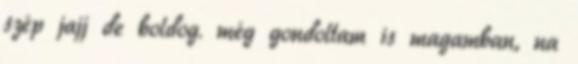
szép jajj de boldog. még gondoltam is magamban, na